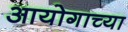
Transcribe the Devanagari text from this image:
आयोगाच्‍या